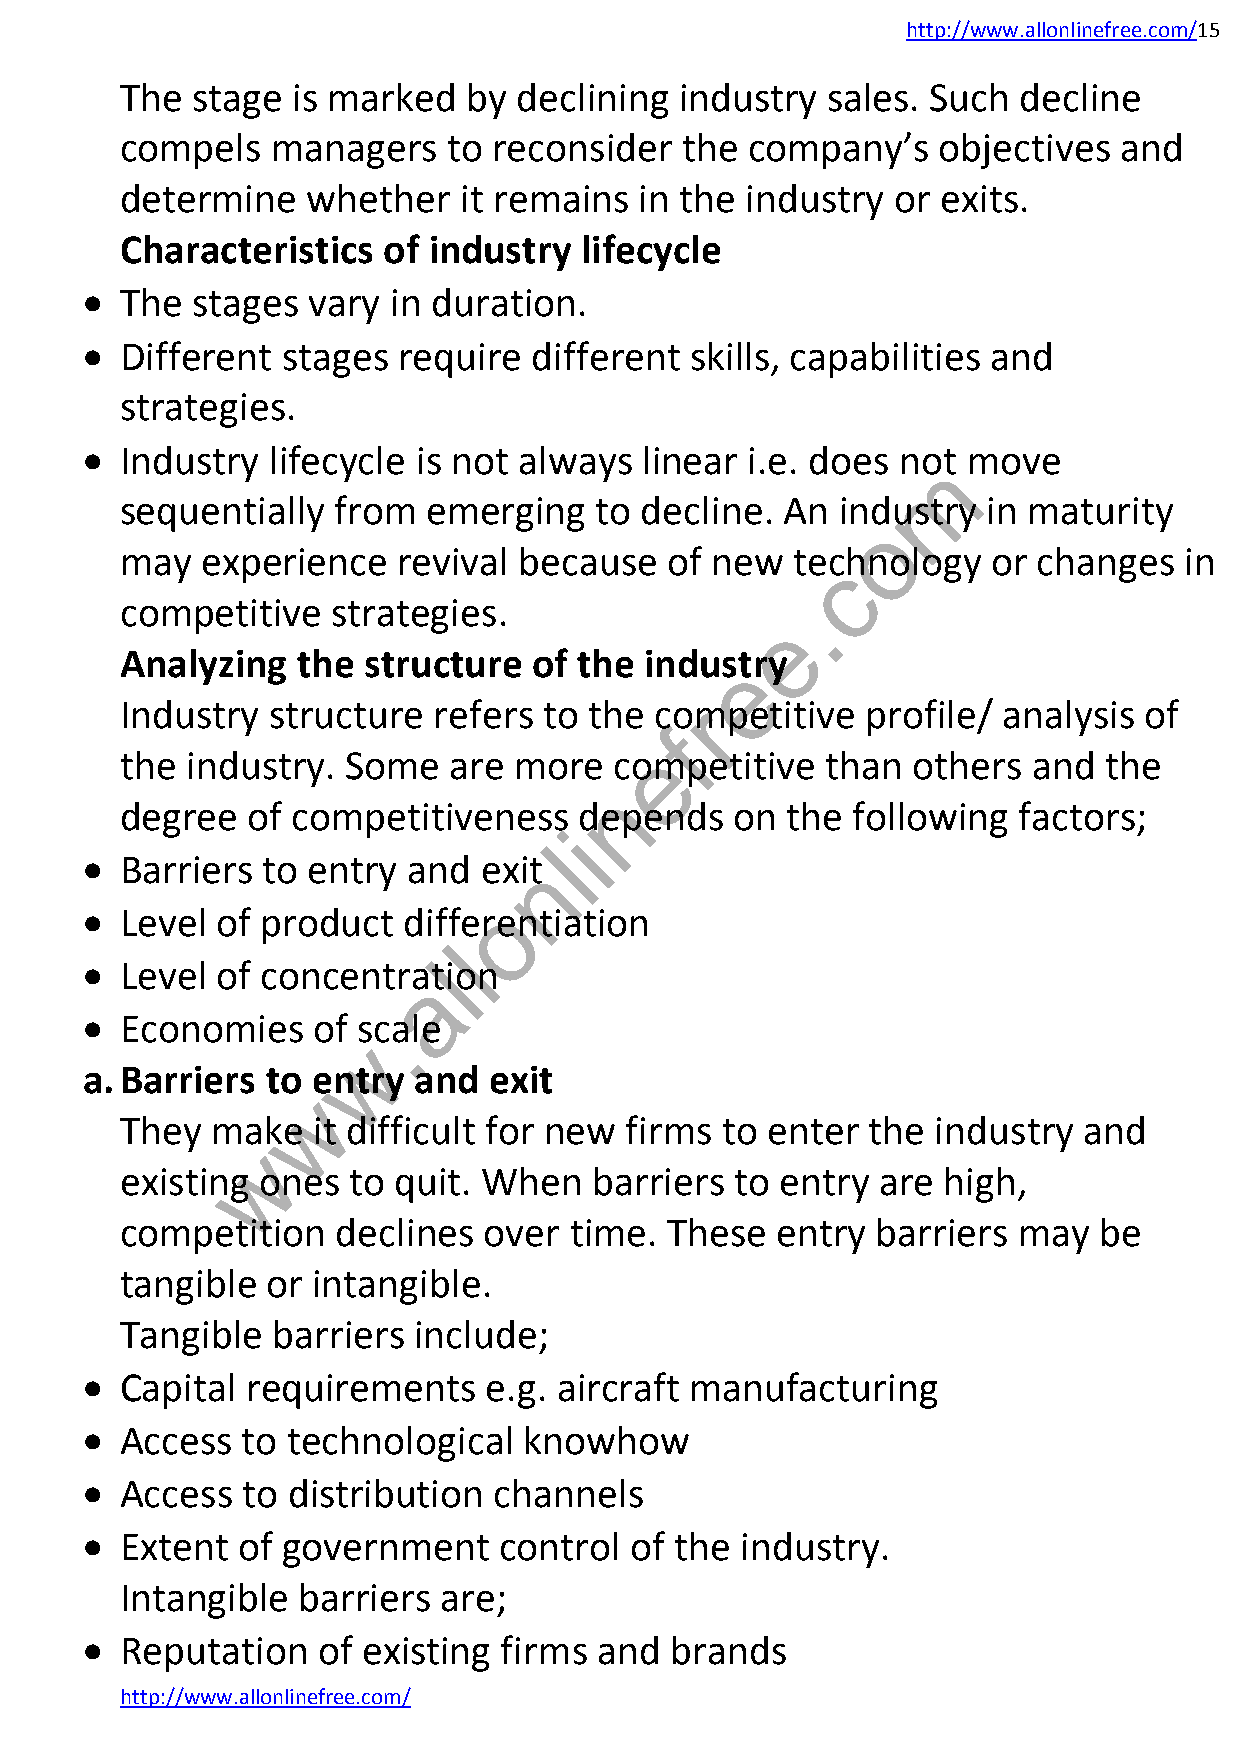
http://www.allonlinefree.com/15
 The  stage is marked   by declining  industry  sales. Such  decline
 compels   managers    to reconsider  the company’s    objectives  and
 determine   whether   it remains  in the industry  or exits.
 Characteristics  of industry  lifecycle
   The  stages vary  in duration.
   Different  stages require  different  skills, capabilities and
 strategies.
   Industry  lifecycle is not always  linear i.e. does not move
 m
 sequentially  from  emerging   to decline.  An  industry in maturity
 o
 may  experience   revival because   of new   technology   or changes  in
 c
 competitive   strategies.                   .
 e
 Analyzing   the structure  of the  indusetry
 Industry  structure  refers to the cormpetitive  profile/ analysis  of
 f
 e
 the industry.  Some   are more   competitive   than others  and  the
 n
 degree  of competitiveness    depends    on the following  factors;
 i
 l
   Barriers to entry  and  exitn
 o
   Level of product   differentiation
 l
   Level of
 concentral
 tion
 a
   Economies    of s.cale
 w
 a. Barriers  to entry and  exit
 w
 They  make   it difficult for new firms to enter the  industry  and
 w
 existing ones  to quit. When   barriers  to entry are high,
 competition   declines  over  time. These  entry  barriers may   be
 tangible  or intangible.
 Tangible  barriers include;
   Capital requirements    e.g. aircraft manufacturing
   Access  to technological   knowhow
   Access  to distribution  channels
   Extent  of government    control  of the industry.
 Intangible  barriers are;
   Reputation   of existing firms  and brands
 http://www.allonlinefree.com/